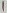
Text: 1